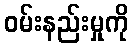
ဝမ်းနည်းမှုကို